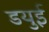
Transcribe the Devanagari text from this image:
डयुई